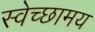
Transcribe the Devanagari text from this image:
स्वेच्छामय